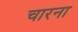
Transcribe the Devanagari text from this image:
चारना